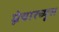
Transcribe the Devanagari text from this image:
म्नेचारच्यूस